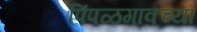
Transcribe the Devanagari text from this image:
पिंपळगावच्या